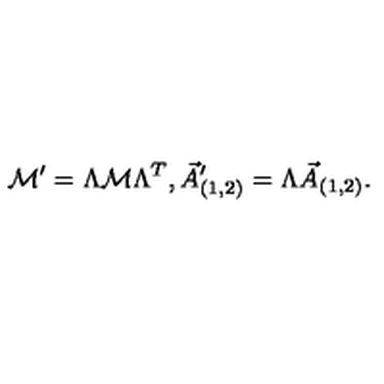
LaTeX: { \cal M } ^ { \prime } = \Lambda { \cal M } \Lambda ^ { T } , \vec { A } _ { ( 1 , 2 ) } ^ { \prime } = \Lambda \vec { A } _ { ( 1 , 2 ) } .